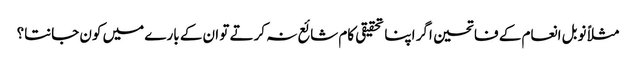
مثلاً نوبل انعام کے فاتحین اگر اپنا تحقیقی کام شائع نہ کرتے تو ان کے بارے میں کون جانتا؟